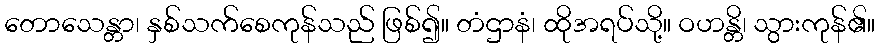
တောသေန္တာ၊ နှစ်သက်စေကုန်သည် ဖြစ်၍။ တံဌာနံ၊ ထိုအရပ်သို့။ ဝဟန္တိ၊ သွားကုန်၏။